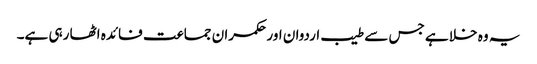
یہ وہ خلا ہے جس سے طیب اردوان اور حکمران جماعت فائدہ اٹھا رہی ہے۔